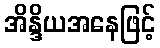
အိန္ဒိယအနေဖြင့်